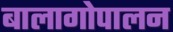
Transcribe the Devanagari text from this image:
बालागोपालन